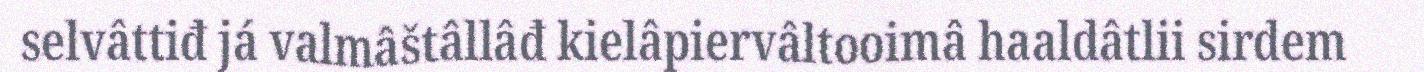
selvâttiđ já valmâštâllâđ kielâpiervâltooimâ haaldâtlii sirdem